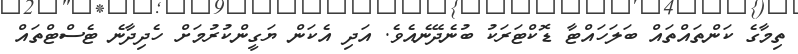
ތިމާގެ ކަންތައްތައް ބަލަހައްޓާ ޑޮކްޓަރަކު ބުނެދޭނެއެވެ. އަދި އެކަން ޔަގީންކުރުމަށް ހެދިދާނެ ޓެސްޓްތައް